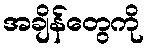
အချိန်တွေကို